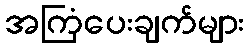
အကြံပေးချက်များ